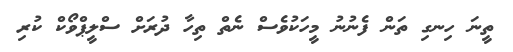
ތީނަ ހިނގި ތަން ފެނުނު މީހަކުވެސް ނެތް ތިހާ ދުރަށް ސްލީޕްވޯކް ކުރި